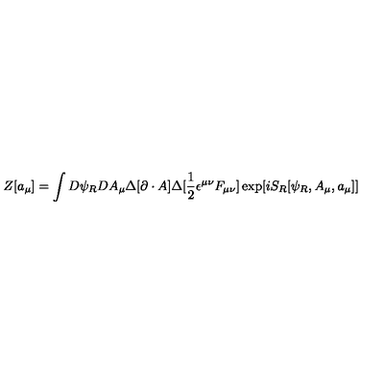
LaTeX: Z [ a _ { \mu } ] = \int D \psi _ { R } D A _ { \mu } \Delta [ \partial \cdot A ] \Delta [ \frac { 1 } { 2 } \epsilon ^ { \mu \nu } F _ { \mu \nu } ] \exp [ i S _ { R } [ \psi _ { R } , A _ { \mu } , a _ { \mu } ] ]